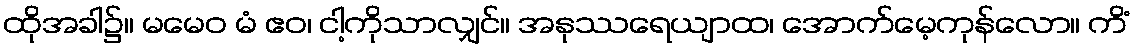
ထိုအခါ၌။ မမေဝ မံ ဧဝ၊ ငါ့ကိုသာလျှင်။ အနုဿရေယျာထ၊ အောက်မေ့ကုန်လော။ ကိံ